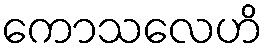
ကောသလေဟိ